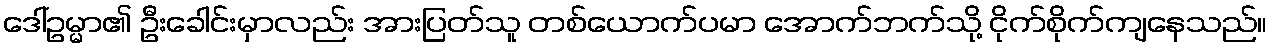
ဒေါ်ဥမ္မာ၏ ဦးခေါင်းမှာလည်း အားပြတ်သူ တစ်ယောက်ပမာ အောက်ဘက်သို့ ငိုက်စိုက်ကျနေသည်။